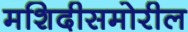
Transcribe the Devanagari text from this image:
मशिदीसमोरील